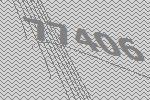
77406